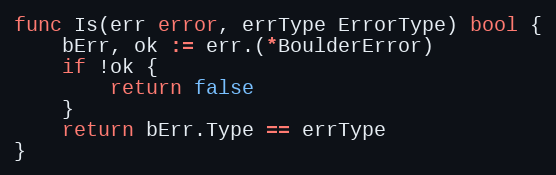
Language: Go
func Is(err error, errType ErrorType) bool {
	bErr, ok := err.(*BoulderError)
	if !ok {
		return false
	}
	return bErr.Type == errType
}